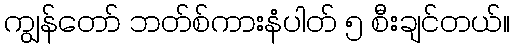
ကျွန်တော် ဘတ်စ်ကားနံပါတ် ၅ စီးချင်တယ်။